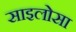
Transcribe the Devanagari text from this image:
साइलोसा